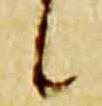
候